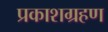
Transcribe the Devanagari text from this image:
प्रकाशग्रहण